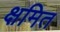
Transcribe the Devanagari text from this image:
क्षमित